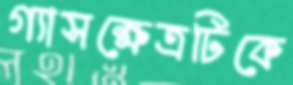
গ্যাসক্ষেত্রটিকে